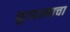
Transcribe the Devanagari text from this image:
फूच्यानाचा